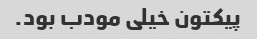
پیکتون خیلی مودب بود.